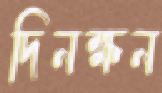
দিনক্ষন